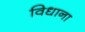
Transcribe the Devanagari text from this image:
विधाना